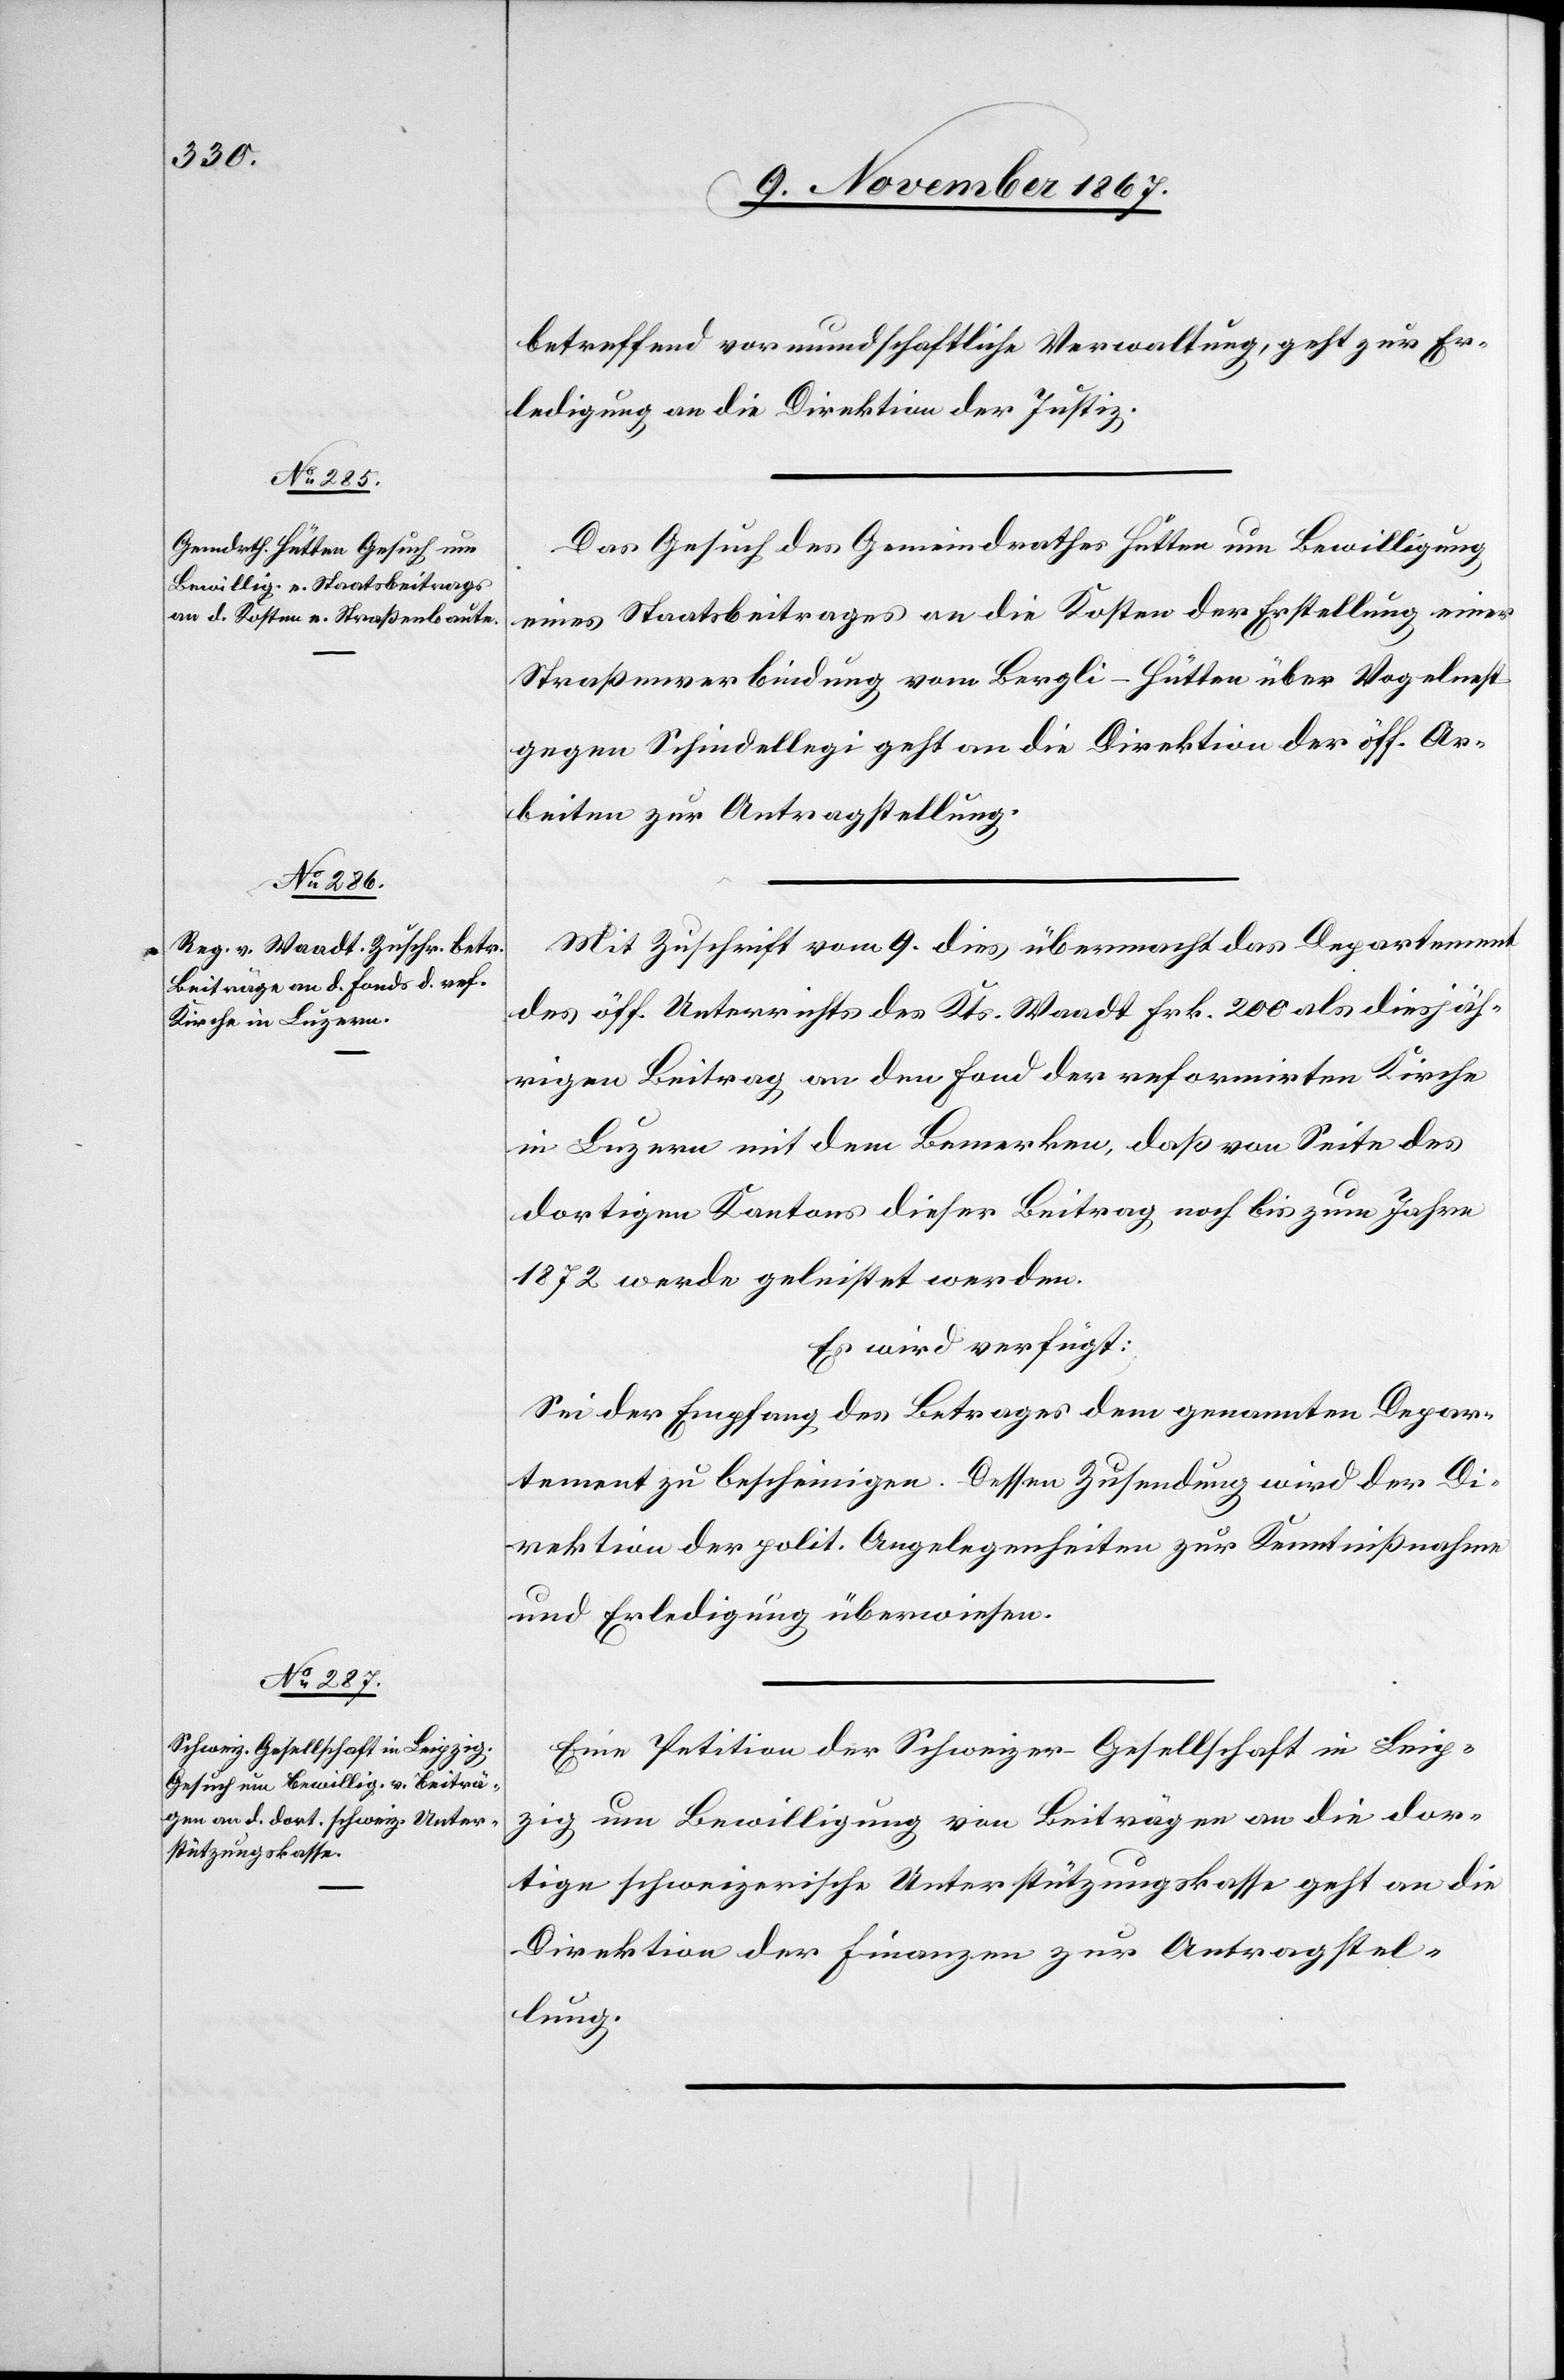
11. November 1867.]
betreffend vormundschaftliche Verwaltung, geht zur Er¬
ledigung an die Direktion der Justiz.
Das Gesuch des Gemeindrathes Hütten um Bewilligung
eines Staatsbeitrages an die Kosten der Erstellung einer
Straßenverbindung vom Bergli-Hütten über Vogelnest
gegen Schnellegi geht an die Direktion der öff. Ar¬
beiten zur Antragstellung.
Mit Zuschrift vom 9. dies übermacht das Departement
des off. Unterrichts des Kts. Waadt Frk. 200 als diesjäh¬
rigen Beitrag an den Fond der reformirten Kirche
in Luzern mit dem Bemerken, daß von Seite des
dortigen Kantons dieser Beitrag noch bis zum Jahre
1872 werde geleistet werden.
Es wird verfügt:
Sei der Empfang des Betrages dem genannten Depar¬
tement zu bescheinigen. Dessen Zusendung wird der Di¬
rektion der polit. Angelegenheiten zur Kenntnißnahme
und Erledigung überwiesen.
Eine Petition der Schweizer-Gesellschaft in Leip¬
zig um Bewilligung von Beiträgen an die dor¬
tige schweizerische Unterstützungskasse geht an die
Direktion der Finanzen zur Antragstel¬
lung.